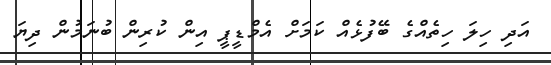
އަދި ހިލަ ހިތެއްގެ ބޭފުޅެއް ކަމަށް އެމްޑީޕީ އިން ކުރިން ބުނަމުން ދިޔަ